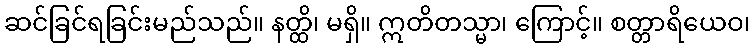
ဆင်ခြင်ရခြင်းမည်သည်။ နတ္ထိ၊ မရှိ။ ဣတိတသ္မာ၊ ကြောင့်။ စတ္တာရိယေဝ၊